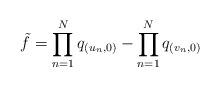
LaTeX: \begin{align*}\tilde{f} = \prod_{n=1}^N q_{(u_n,0)} - \prod_{n=1}^N q_{(v_n,0)}\end{align*}